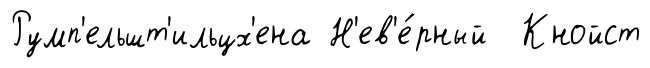
Румп'ельшт'ильцх'ена Н'ев'е́рный Кнойст